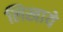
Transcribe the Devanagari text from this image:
लिखाये